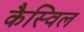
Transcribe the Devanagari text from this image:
कैस्विल